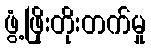
ဖွံ့ဖြိုးတိုးတက်မှု